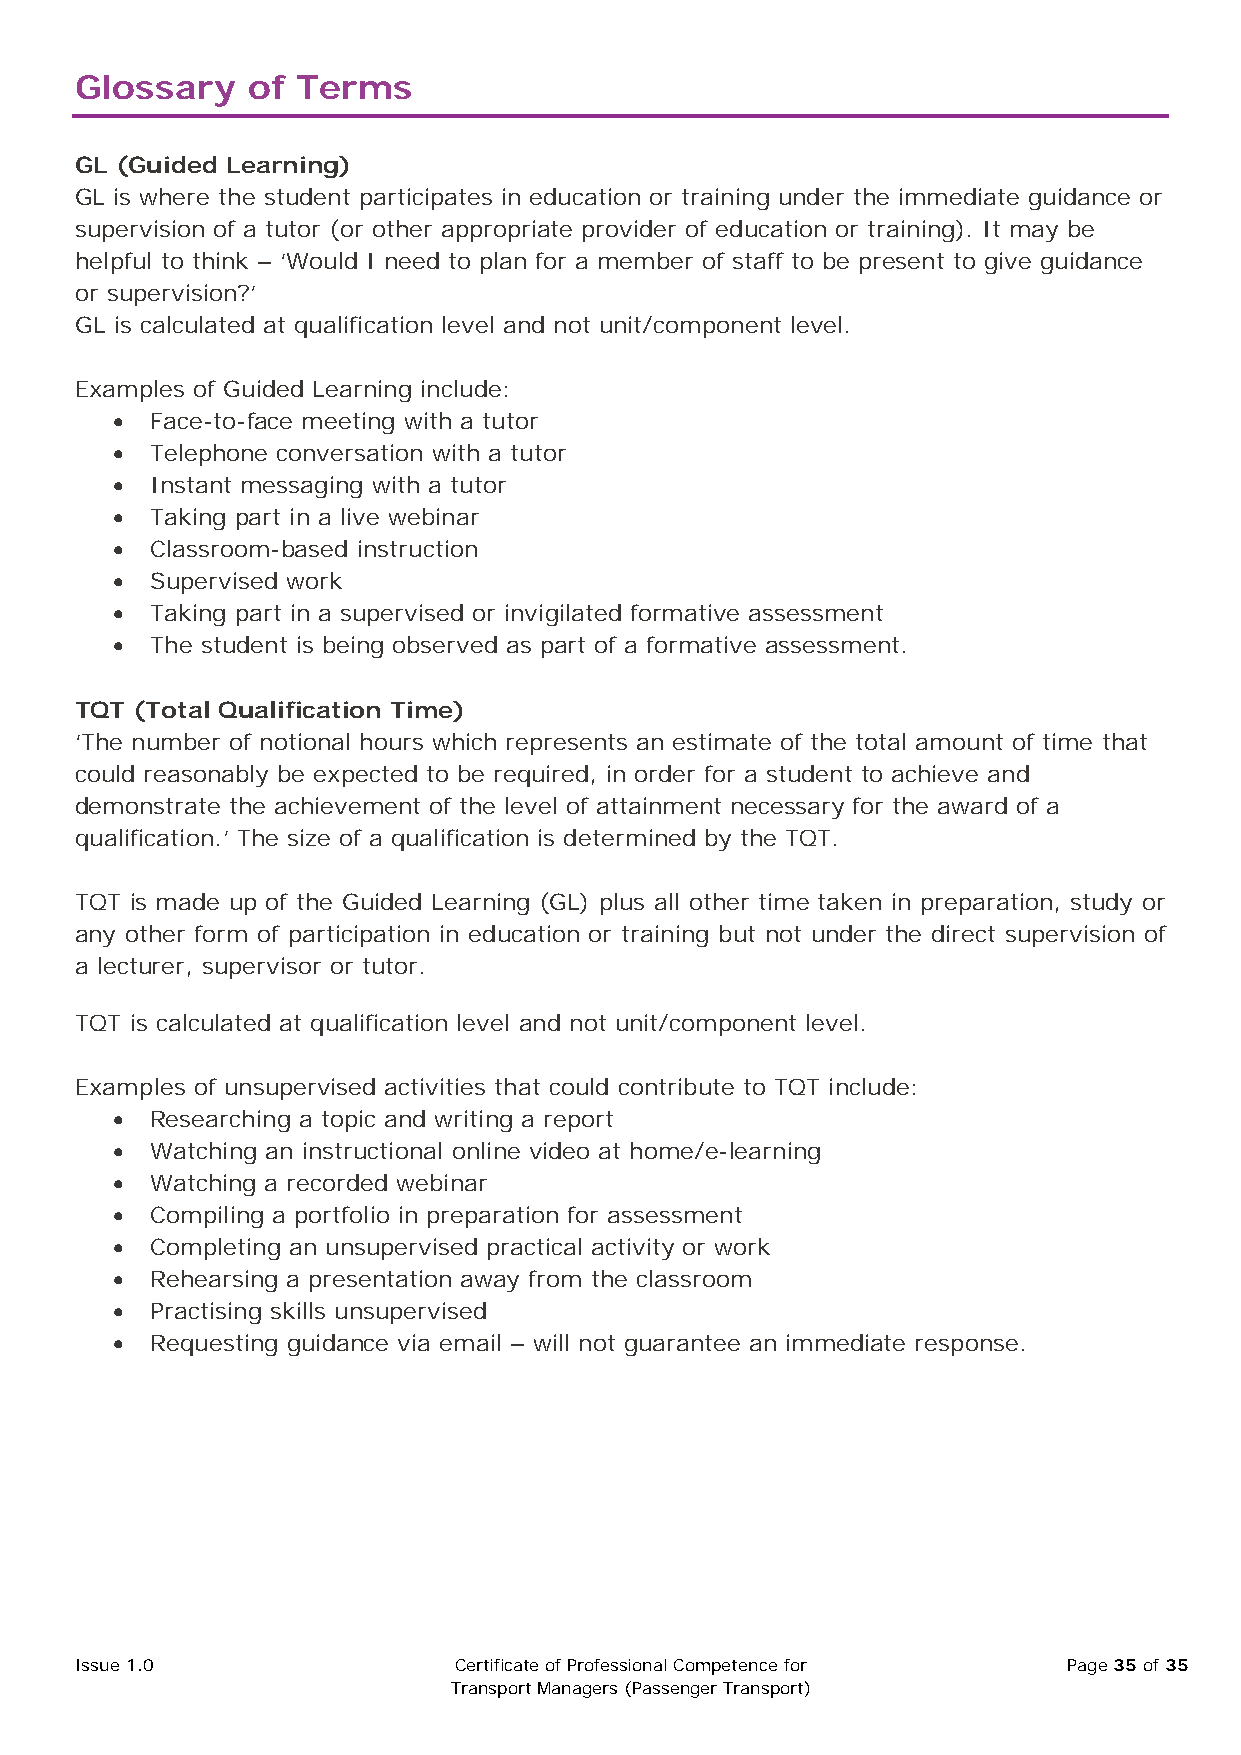
Glossary   of  Terms
 GL (Guided Learning)
 GL is where the student participates in education or training under the immediate guidance or
 supervision of a tutor (or other appropriate provider of education or training). It may be
 helpful to think – ‘Would I need to plan for a member of staff to be present to give guidance
 or supervision?’
 GL is calculated at qualification level and not unit/component level.
 Examples of Guided Learning include:
 •  Face-to-face meeting with a tutor
 •  Telephone conversation with a tutor
 •  Instant messaging with a tutor
 •  Taking part in a live webinar
 •  Classroom-based instruction
 •  Supervised work
 •  Taking part in a supervised or invigilated formative assessment
 •  The student is being observed as part of a formative assessment.
 TQT (Total Qualification Time)
 ‘The number of notional hours which represents an estimate of the total amount of time that
 could reasonably be expected to be required, in order for a student to achieve and
 demonstrate the achievement of the level of attainment necessary for the award of a
 qualification.’ The size of a qualification is determined by the TQT.
 TQT is made up of the Guided Learning (GL) plus all other time taken in preparation, study or
 any other form of participation in education or training but not under the direct supervision of
 a lecturer, supervisor or tutor.
 TQT is calculated at qualification level and not unit/component level.
 Examples of unsupervised activities that could contribute to TQT include:
 •  Researching a topic and writing a report
 •  Watching an instructional online video at home/e-learning
 •  Watching a recorded webinar
 •  Compiling a portfolio in preparation for assessment
 •  Completing an unsupervised practical activity or work
 •  Rehearsing a presentation away from the classroom
 •  Practising skills unsupervised
 •  Requesting guidance via email – will not guarantee an immediate response.
 Issue 1.0                Certificate of Professional Competence for Page 35 of 35
 Transport Managers (Passenger Transport)